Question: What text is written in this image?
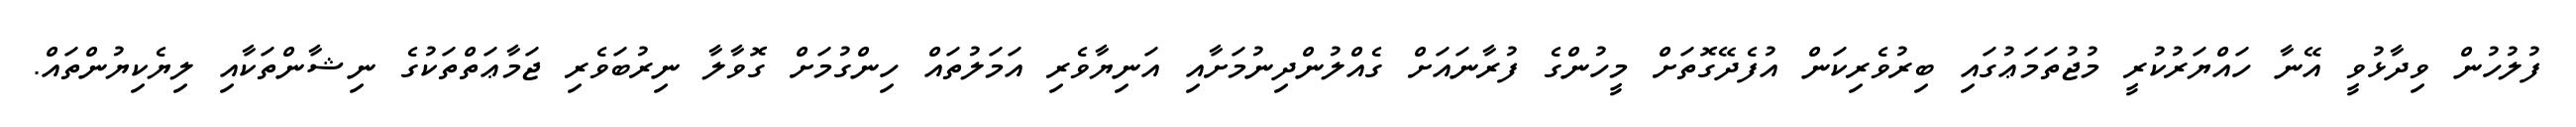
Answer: ފުލުހުން ވިދާޅުވީ އޭނާ ހައްޔަރުކުރީ މުޖުތަމަޢުގައި ބިރުވެރިކަން އުފެދޭގޮތަށް މީހުންގެ ފުރާނައަށް ގެއްލުންދިނުމަށާއި އަނިޔާވެރި އަމަލުތައް ހިންގުމަށް ގޮވާލާ ނިރުބަވެރި ޖަމާޢަތްތަކުގެ ނިޝާންތަކާއި ލިޔެކިޔުންތައް.